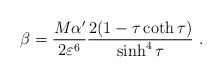
\begin{align*}\beta = \frac{M \alpha'}{2\varepsilon^6} \frac{2 (1 -\tau \coth \tau)}{\sinh^4 \tau} \ .\end{align*}